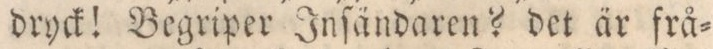
dryck! Begriper Inſändaren? det är frå=